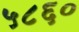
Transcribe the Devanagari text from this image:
५८६०